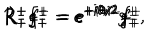
R _ { - } ^ { + } f _ { - } ^ { + } = e ^ { + i \theta / 2 } f _ { - } ^ { + } \hspace { 0 . 5 c m } R _ { + } ^ { - } f _ { + } ^ { - } = e ^ { + i \theta / 2 } f _ { + } ^ { - } \hspace { 0 . 5 c m } R _ { - } ^ { + } g _ { - } ^ { + } = e ^ { + i \theta / 2 } g _ { - } ^ { + } \hspace { 0 . 5 c m } R _ { + } ^ { - } g _ { + } ^ { - } = e ^ { + i \theta / 2 } g _ { + } ^ { - } ,